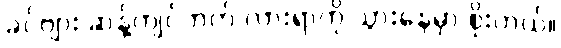
ခင်ဗျား ဆန့်ကျင်ဘက် လားရာကို သွားနေမှာ စိုးတယ်။